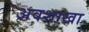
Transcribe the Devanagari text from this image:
अवशाखा